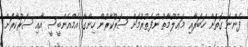
ފެންނަ ގޮތަށް ޚަބަރާއި މަޢުލޫމާތު ނުފެތުރުމަށް ސަރުކާރުން ހިންގާ އެމްއެންބީސީ އާއި ސަރުކާރަށް